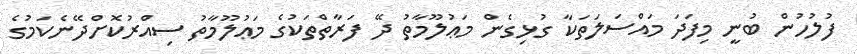
ފުލުހުން ބުނީ މިފަދަ މައްސަލަތަކާ ގުޅިގެން މަޢުލޫމާތު ދޭ ފަރާތްތަކުގެ މަޢުލޫމާތު ސިއްރުކޮށްދޭނެކަމުގެ